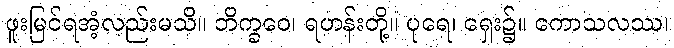
ဖူးမြင်ရအံ့လည်းမသိ။ ဘိက္ခဝေ၊ ရဟန်းတို့။ ပုရေ၊ ရှေး၌။ ကောသလဿ၊